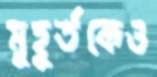
মুহূর্তকেও